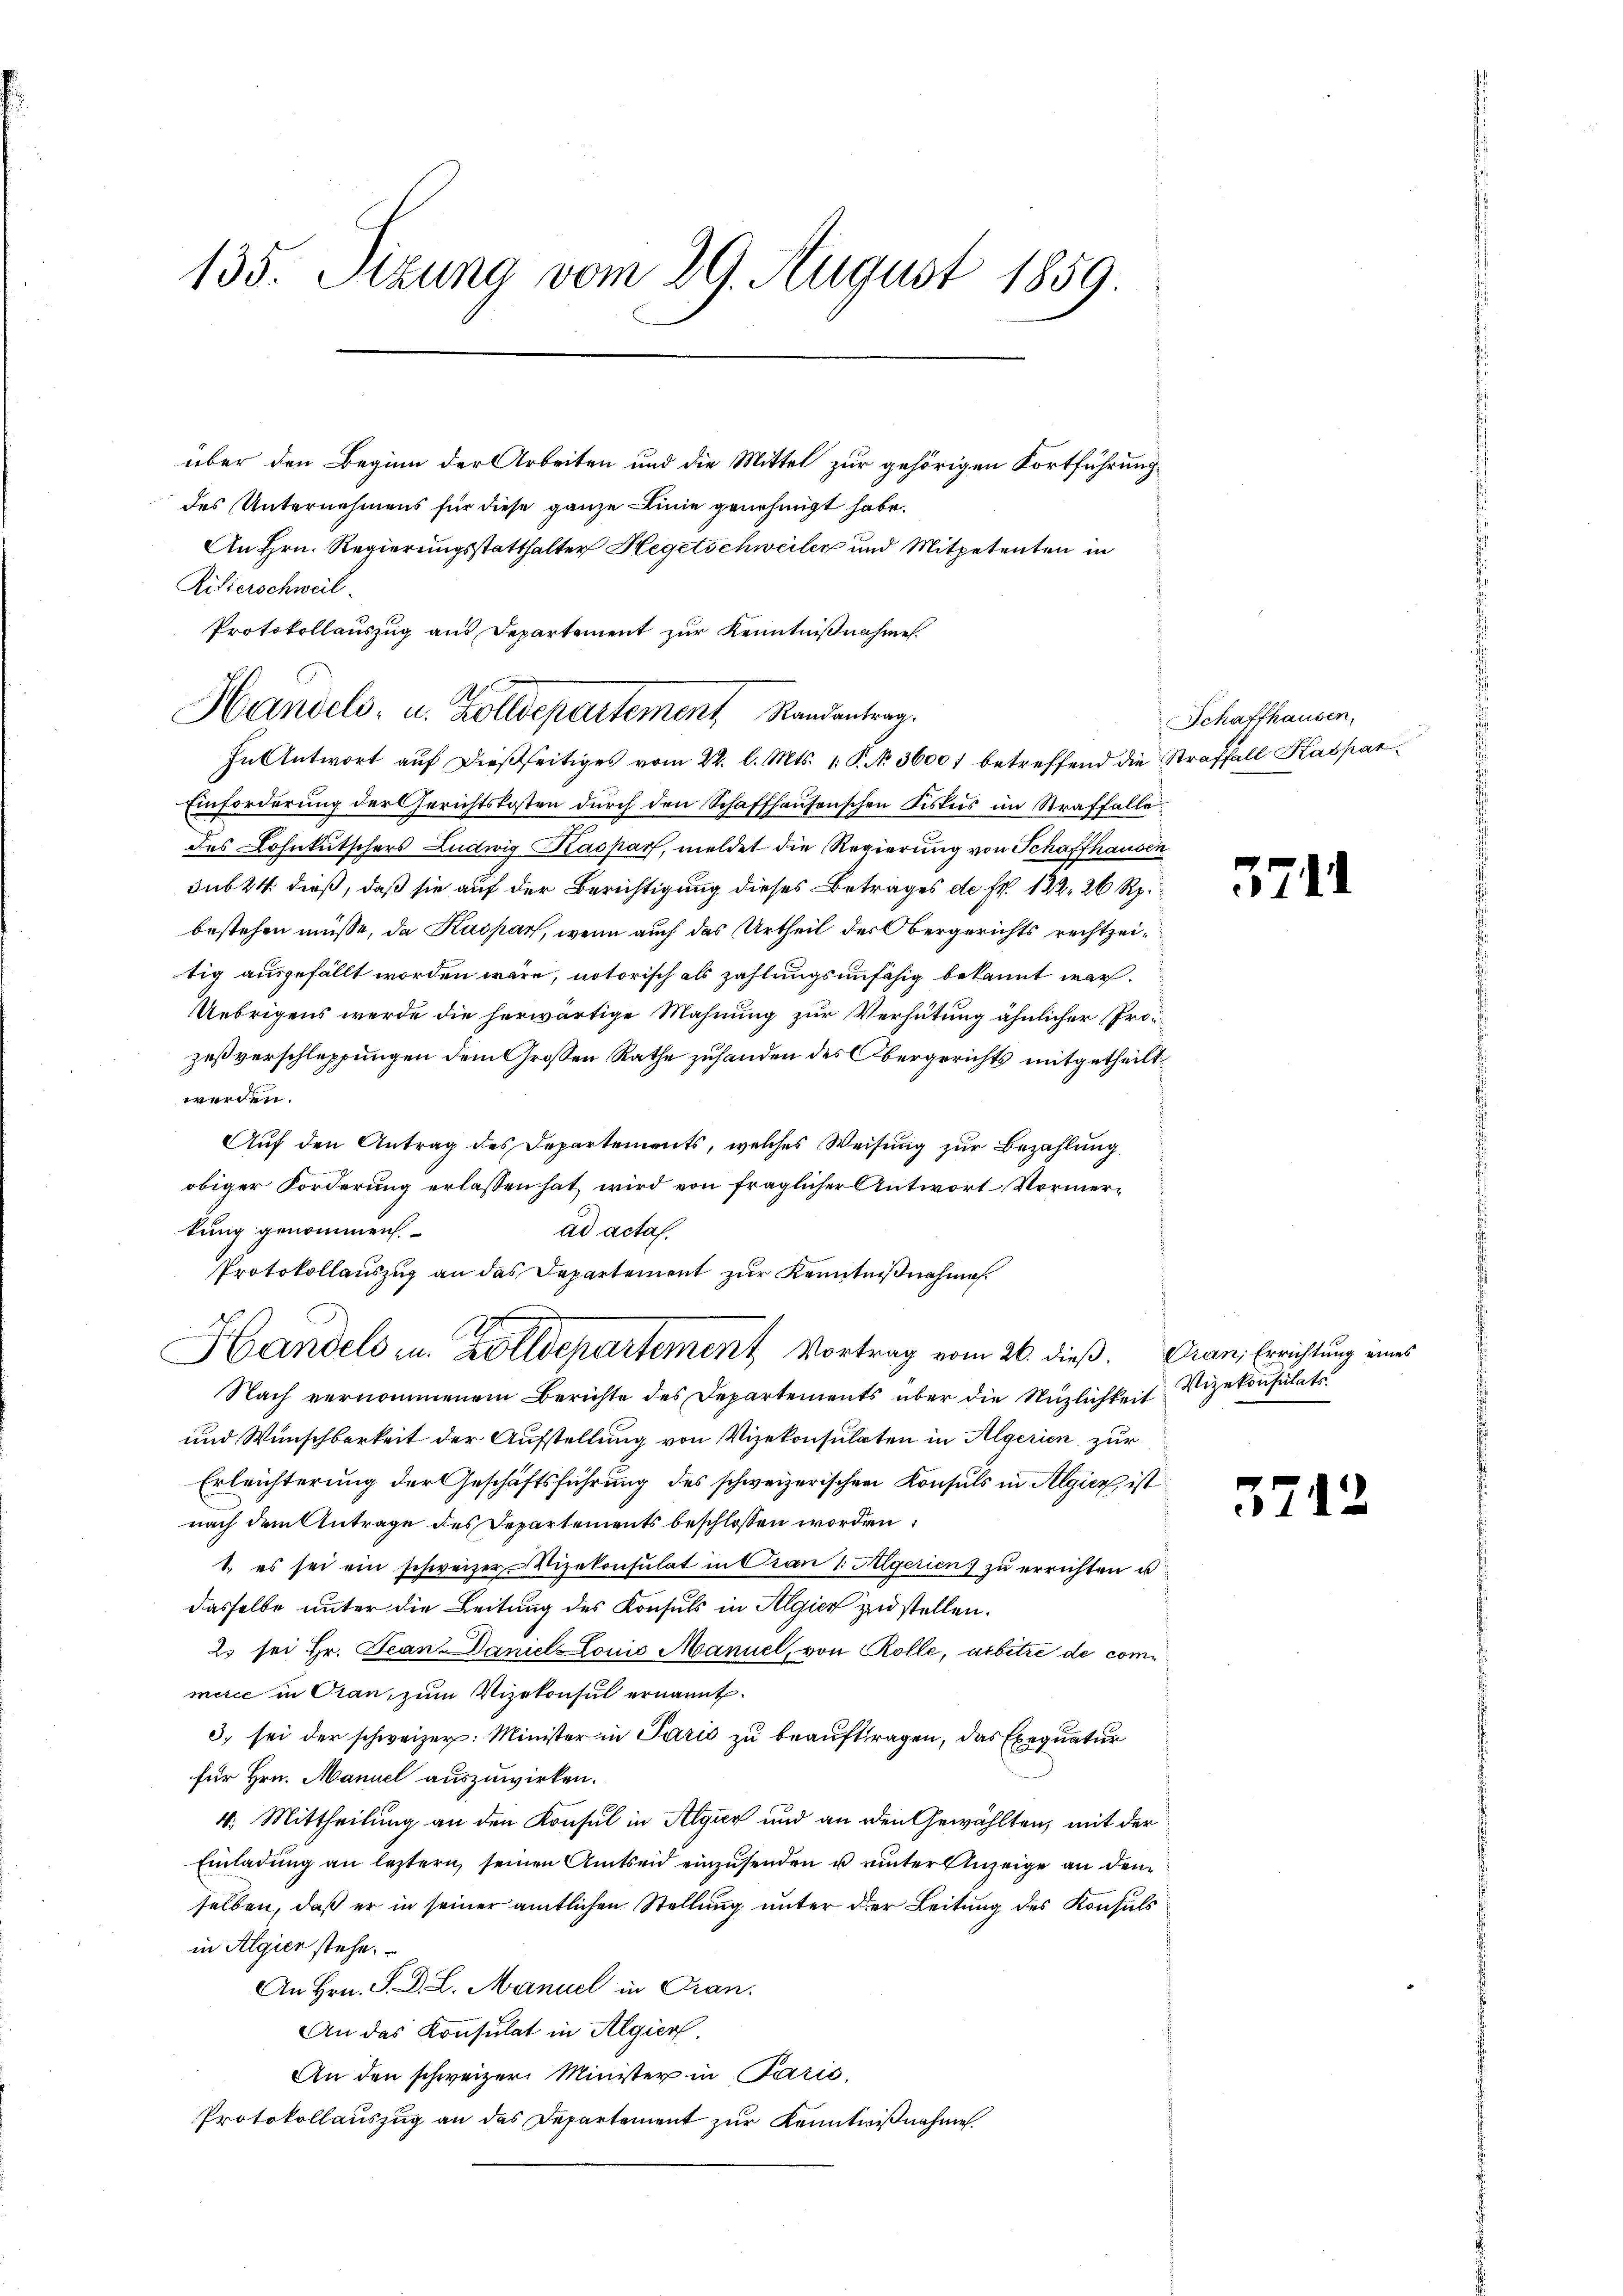
135. Stzung vom 29. August 1859.

über den Beginn der Arbeiten und die Mittel zur gehörigen Fortführung
des Unternehmens für diese ganze Linie genehmigt habe.
An Hrn. Regierungsstatthalter Hegetschweiler und Mitpetenten in
Kitierschweil
In Antwort auf dießseitiges vom 22. l. Mts. 1. P. N. 3600 betreffend die Straffall Kaspar¬
Einforderung der Gerichtskosten dŭrch den Schaffhausenschen Diskus im Straffalle
des Lohnkutschers Ludwig Kaspar, meldet die Regierung von Schaffhausen
sub 24 dieß, daß sie auf der Berichtigung dieses Betrages de fr. 122, 26 Rp.
bestehen müsse, da Kaspar, wenn auch das Urtheil des Obergerichts rechtzeitig ausgefällt worden wäre, notorisch als zahlungsunfähig bekannt war.
Uebrigens werde die herwärtige Mahnung zur Verhütung ähnlicher Prozeßverschleppungen dem Großen Rathe zuhanden des Obergerichts mitgetheilt,
werden.
Auf den Antrag des Departements, welches Weisung zur Bezahlung
obiger Forderung erlassen hat, wird von fraglicher Antwort Vormertung genommen.
ad acta.
Protokollauszug an das Departement zur Kenntnißnahme
2
Handels zu. Zolldepartement Vortrag vom 26. dieß. Dran, Errichtung eines
Nach vernommenem Berichte des Departements über die Nuzlichkeit Vizekonsulate
und Wunschbarkeit der Aufstellung von Vizekonsulaten in Algerien zur
Erleichterung der Geschäftsführung des schweizerischen Konsuls in Algien ist
nach dem Antrage des Departements beschlossen worden
1. es sei ein schweizer Vizekonsulat in Cran 1. Aegerien zŭ errichten u.
dasselbe unter die Leitung des Konsuls in Algier zu stellen.
2 sei Hr. Jean Daniel Lonić Manuel, von Rolle, arbitre de comimerce in Oran, zum Vizekonsul ernannt.
3) sei der schweizer: Minister in Paris zu beauftragen, das Exequatur
für Hrn. Manuel auszuwirken.
4. Mittheilung an den Konsul in Algier und an den Gewählten, mit der
Einladŭng an leztern seinen Amtsend einzŭsenden u einter Anzeige an den
selben, daß er in seiner amtlichen Stellung unter der Leitung des Konsuls
in Algier stehe.
An Hrn. S. D. L. Manuel in Gran.
An das Konsulat in Algiert.
An den schweizer Minister in Paris,
Protokollauszug an das Departement zur Kenntnißnahme.

d
Handels- u. Zolldepartement Randantrag.

Protokollauszug aus Departement zŭr Kenntnißnahme.

Schaffhausen,
d

57

l

3742